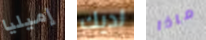
إميليا لديك ماذا